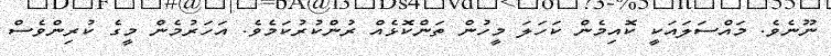
ނޫނެވެ. މައްސަލައަކީ ކޮއިމެން ކަހަލަ މީހުން ތަންކޮޅެއް ރުންކުރުކަމެވެ. އަހަރުމެން މީގެ ކުރިންވެސް